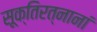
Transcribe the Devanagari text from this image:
सूक्तिरत्नानां